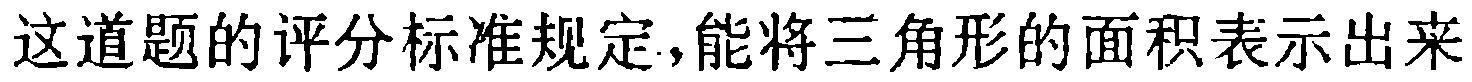
这道题的评分标准规定，能将三角形的面积表示出来